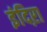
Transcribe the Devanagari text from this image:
इंदिऱा